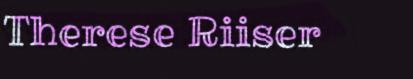
Therese Riiser